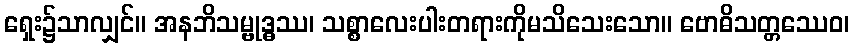
ရှေး၌သာလျှင်။ အနဘိသမ္ဗုဒ္ဓဿ၊ သစ္စာလေးပါးတရားကိုမသိသေးသော။ ဗောဓိသတ္တဿေဝ၊